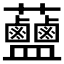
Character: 𧆗